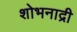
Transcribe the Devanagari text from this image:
शोभनाद्री